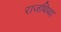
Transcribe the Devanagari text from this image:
राजथिथा